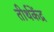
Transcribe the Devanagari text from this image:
तीर्थकेंद्र